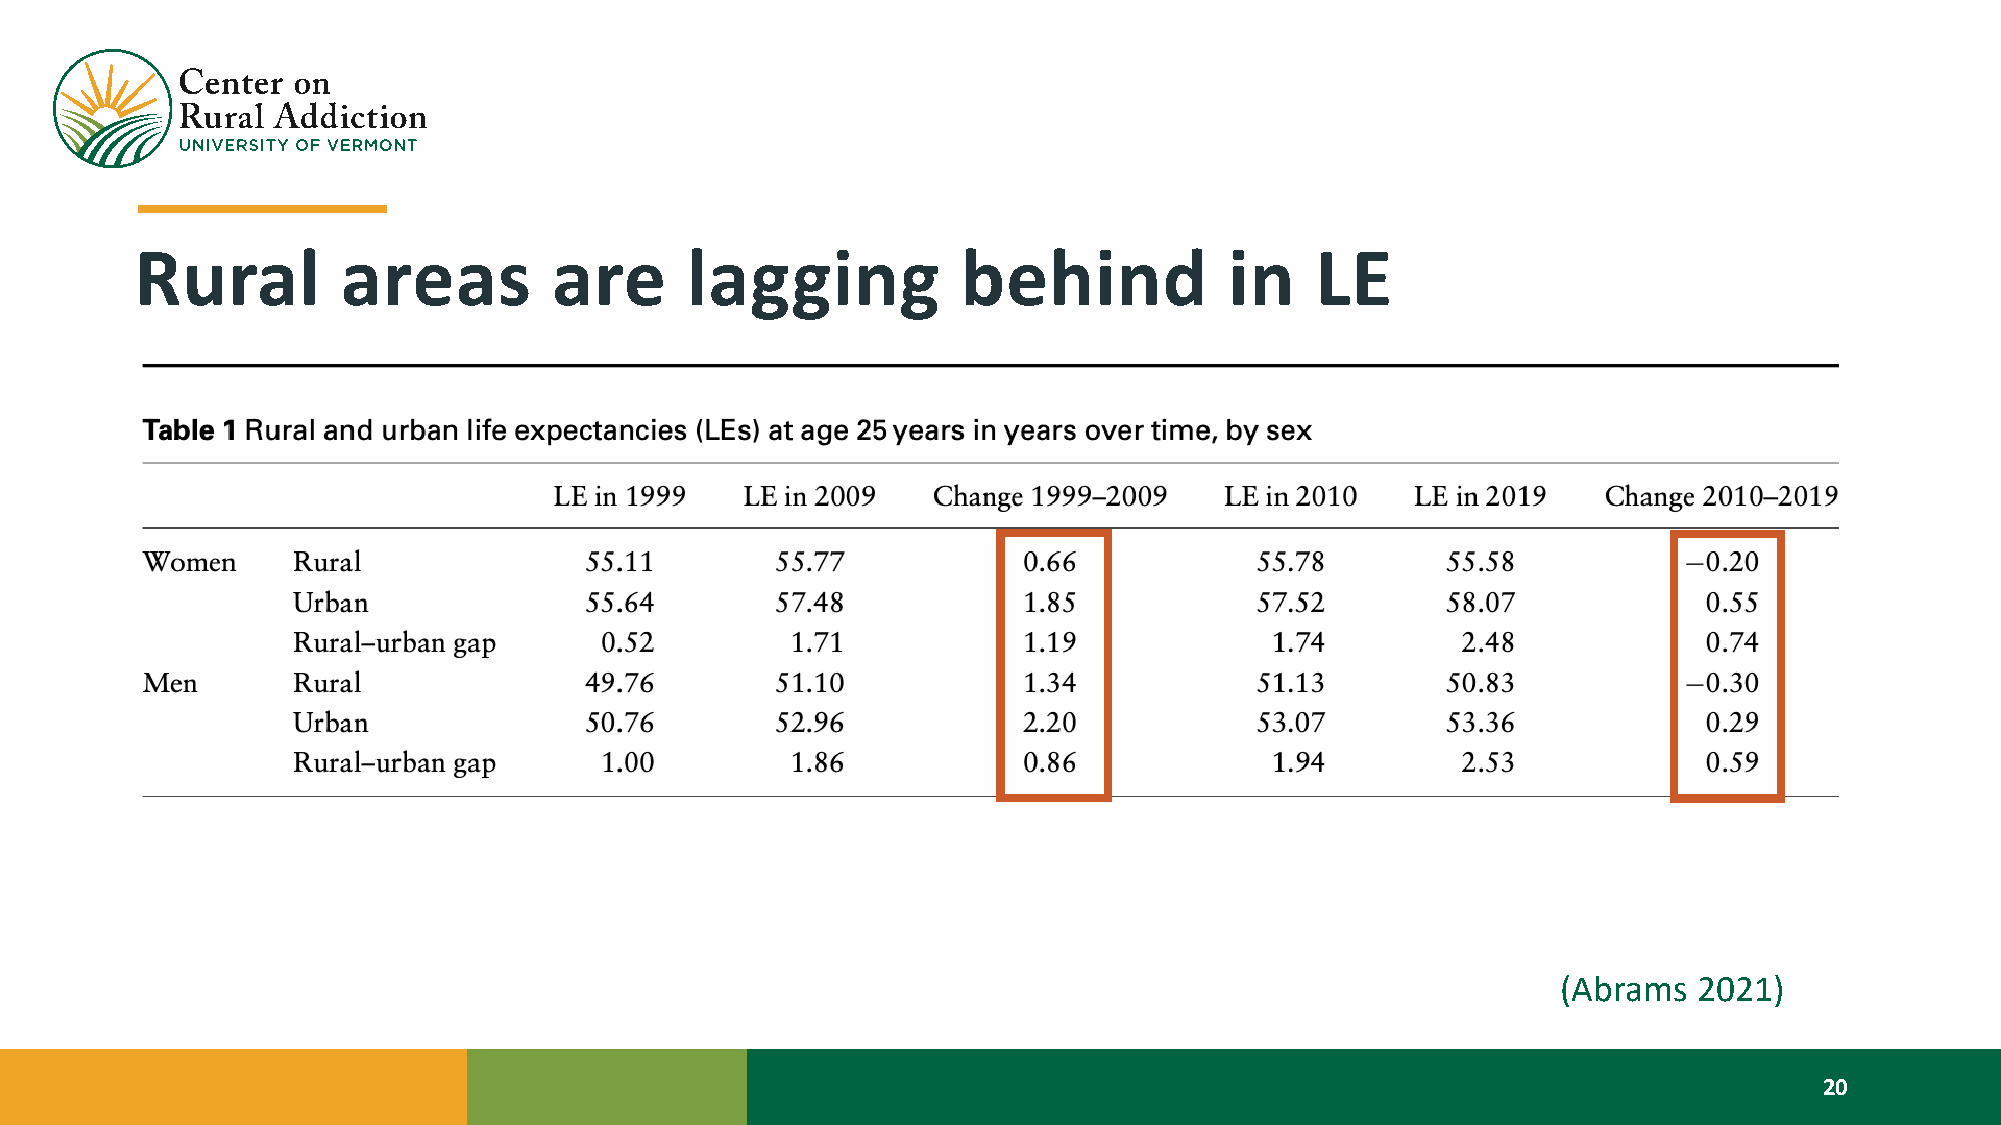
Rural         areas         are     lagging            behind           in    LE
 (Abrams  2021)
 20